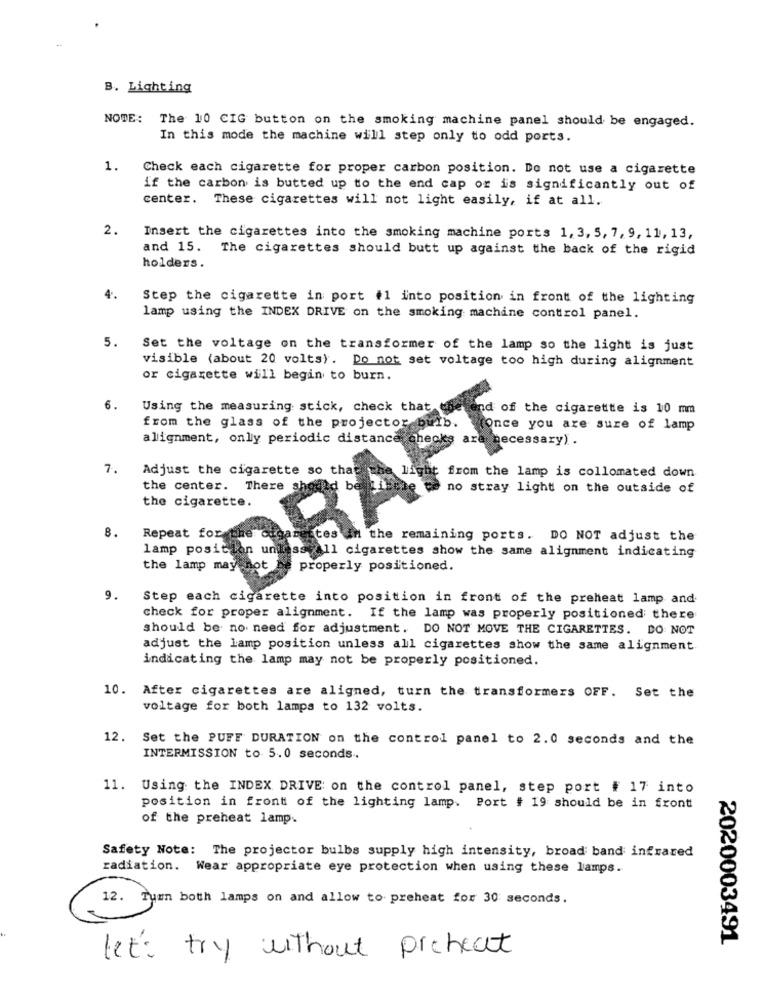
B. Lighting
NOWE: The 10 CIG button on the smoking machine panel should be engaged.
In this mode the machine will step only to odd ports.
1. Check each cigarette for proper carbon position. Do not use a cigarette
if the carbon is butted up to the end cap or is significantly out of
center. These cigarettes will not light easily, if at all.
2.
Insert the cigarettes into the smoking machine ports 1, 3, 5, 7, 9, 11, 13,
and 15. The cigarettes should butt up against the back of the rigid
holders.
4.
Step the cigarette in port #1 into position in front of the lighting
lamp using the INDEX DRIVE on the smoking machine control panel.
5.
Set the voltage on the transformer of the lamp so the light is just
visible (about 20 volts). Do not set voltage too high during alignment
or cigarette will begin to burn.
6.
Using the measuring stick, check that.
of the cigarette is 10 mm
from the glass of the projector ourb.
(Once you are sure of lamp
BRAF
alignment, only periodic distance checks
7.
Adjust the cigarette so that
from the lamp is collomated down
the center. There
no stray light on the outside of
the cigarette.
Repeat for
8.
the remaining ports. DO NOT adjust the
lamp posit
all cigarettes show the same alignment indicating
the lamp may
properly positioned.
9.
Step each cigarette into position in front of the preheat lamp and
check for proper alignment. If the lamp was properly positioned there
should be no need for adjustment. DO NOT MOVE THE CIGARETTES. DO NOT
adjust the lamp position unless all cigarettes show the same alignment.
indicating the lamp may not be properly positioned.
10. After cigarettes are aligned, turn the transformers OFF. Set the
voltage for both lamps to 132 volts.
12. Set the PUFF DURATION on the control panel to 2.0 seconds and the
INTERMISSION to 5.0 seconds ..
11. Using the INDEX DRIVE on the control panel, step port # 17 into
position in front of the lighting lamp. Port # 19 should be in front
of the preheat lamp.
Safety Note: The projector bulbs supply high intensity, broad band infrared
radiation. Wear appropriate eye protection when using these lamps.
12. Tumn both lamps on and allow to. preheat for 30 seconds.
2020003491
let's try without preheat